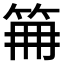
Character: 𥬰